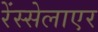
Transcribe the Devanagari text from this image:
रेंस्सेलाएर